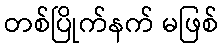
တစ်ပြိုက်နက် မဖြစ်